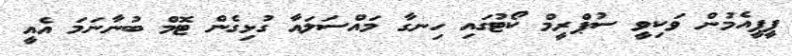
ޕީޕީއެމުން ވަކިވީ ސުޕްރީމް ކޯޓުގައި ހިނގާ މައްސަލައާ ގުޅިގެން ޓޮމް ބުނާނަމަ އެއީ